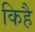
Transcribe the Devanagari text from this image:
किहै